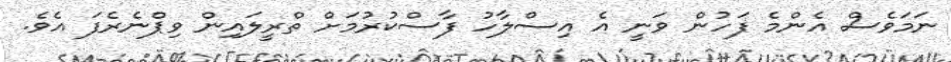
ނަމަވެސް އެންމެ ފަހުން ވަނީ އެ އިސްލާހު ފާސްކުރުމަށް ތްރީލައިން ވިޕްނެރެފަ އެވެ.